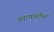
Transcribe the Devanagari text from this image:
स्थानातील